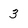
Character: 3